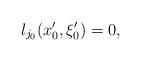
\begin{align*}\l_{j_0}(x'_0,\xi'_0)=0,\end{align*}